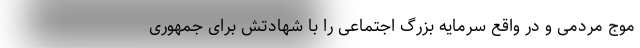
موج مردمی و در واقع سرمایه بزرگ اجتماعی را با شهادتش برای جمهوری